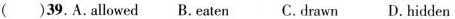
( )39.A.allowed B.eaten C.drawn D. hidden